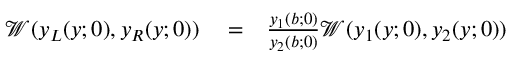
\begin{array} { r l r } { \mathscr { W } ( y _ { L } ( y ; 0 ) , y _ { R } ( y ; 0 ) ) } & { { } = } & { \frac { y _ { 1 } ( b ; 0 ) } { y _ { 2 } ( b ; 0 ) } \mathscr { W } ( y _ { 1 } ( y ; 0 ) , y _ { 2 } ( y ; 0 ) ) } \end{array}